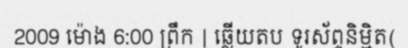
2009 ម៉ោង 6:00 ព្រឹក | ឆ្លើយតប ទូរស័ព្ទនិម្មិត(